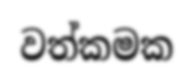
වත්කමක